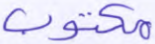
مكتوب